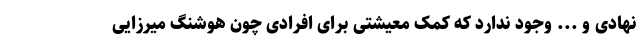
نهادی و ... وجود ندارد که کمک معیشتی برای افرادی چون هوشنگ میرزایی